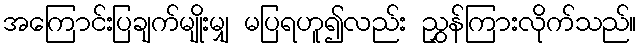
အကြောင်းပြချက်မျိုးမျှ မပြရဟူ၍လည်း ညွှန်ကြားလိုက်သည်။